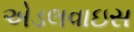
એડલવાઇસ